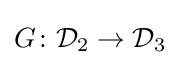
G\colon {\mathcal {D}}_{2}\to {\mathcal {D}}_{3}